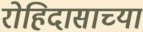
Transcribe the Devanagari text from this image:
रोहिदासाच्या